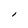
Character: l